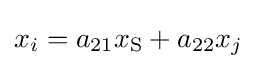
x_{i}=a_{21}x_{\text{S}}+a_{22}x_{j}